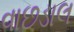
વાછડાલ